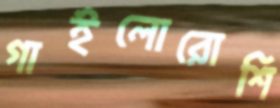
গাইলোরোশি